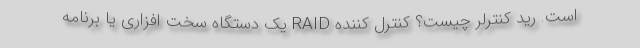
است. رید کنترلر چیست؟ کنترل کننده RAID یک دستگاه سخت افزاری یا برنامه